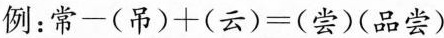
例：$$常-(吊)+(云)=(尝)(品尝)$$